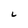
Character: L